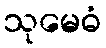
သုမေဓံ